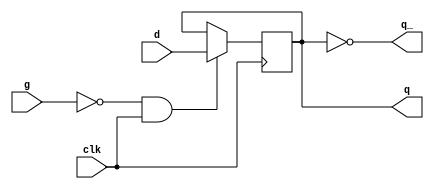
module sn74ls379(q, q_, d, clk, g);
input [3:0] d;
input clk, g;
reg [3:0] ff;
output [3:0] q, q_;

parameter
	// TI TTL data book Vol 1, 1985
	tPLH_min=0, tPLH_typ=17, tPLH_max=27,
	tPHL_min=0, tPHL_typ=28, tPHL_max=27;

initial
begin
	ff <= 6'bxxxxxx;
end

always @(posedge clk)
begin
	if (g==0 && clk==1)
		ff <= d;
end

assign #(tPLH_min:tPLH_typ:tPLH_max, tPHL_min:tPHL_typ:tPHL_max)
	q = ff;
assign #(tPLH_min:tPLH_typ:tPLH_max, tPHL_min:tPHL_typ:tPHL_max)
	q_ = ~ff;
endmodule